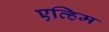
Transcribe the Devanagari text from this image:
एव्हिम